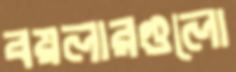
বয়লারগুলো